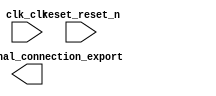

module niosii (
	clk_clk,
	pio_0_external_connection_export,
	reset_reset_n);	

	input		clk_clk;
	output	[7:0]	pio_0_external_connection_export;
	input		reset_reset_n;
endmodule